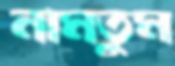
নামতুম